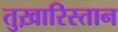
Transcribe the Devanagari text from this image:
तुख़ारिस्तान